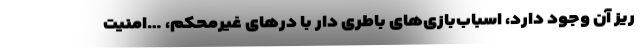
ریز آن وجود دارد، اسباب‌بازی‌های باطری دار با درهای غیرمحکم، …امنیت